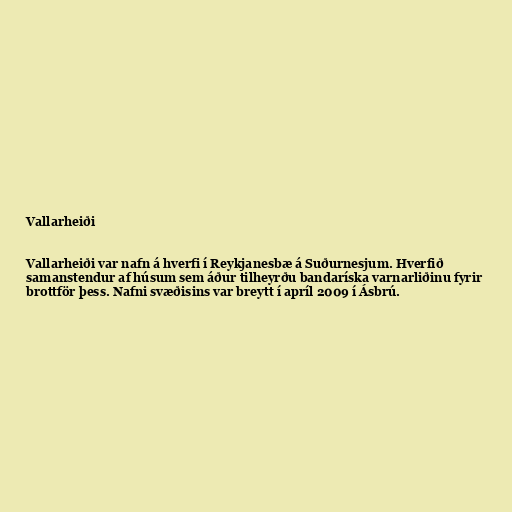
Vallarheiði

Vallarheiði var nafn á hverfi í Reykjanesbæ á Suðurnesjum. Hverfið
samanstendur af húsum sem áður tilheyrðu bandaríska varnarliðinu fyrir
brottför þess. Nafni svæðisins var breytt í apríl 2009 í Ásbrú.